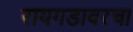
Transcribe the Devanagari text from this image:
रायगडावरचा